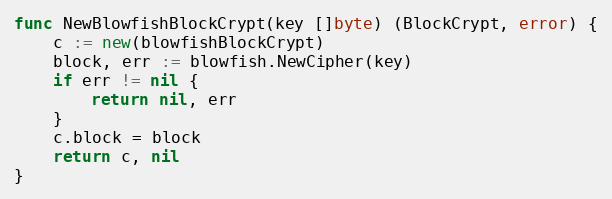
Language: Go
func NewBlowfishBlockCrypt(key []byte) (BlockCrypt, error) {
	c := new(blowfishBlockCrypt)
	block, err := blowfish.NewCipher(key)
	if err != nil {
		return nil, err
	}
	c.block = block
	return c, nil
}